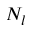
N _ { l }